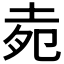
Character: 𡋞